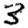
Digit: 3